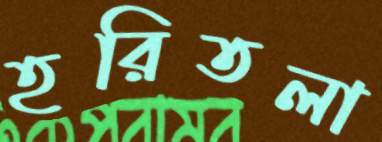
হরিতলা